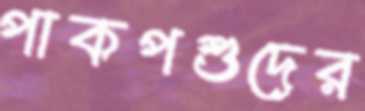
পাকপশুদের